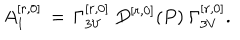
A _ { 1 } ^ { [ r , 0 ] } \, = \, \Gamma _ { 3 V } ^ { [ r , 0 ] } \ D ^ { [ r , 0 ] } ( P ) \ \Gamma _ { 3 V } ^ { [ r , 0 ] } .